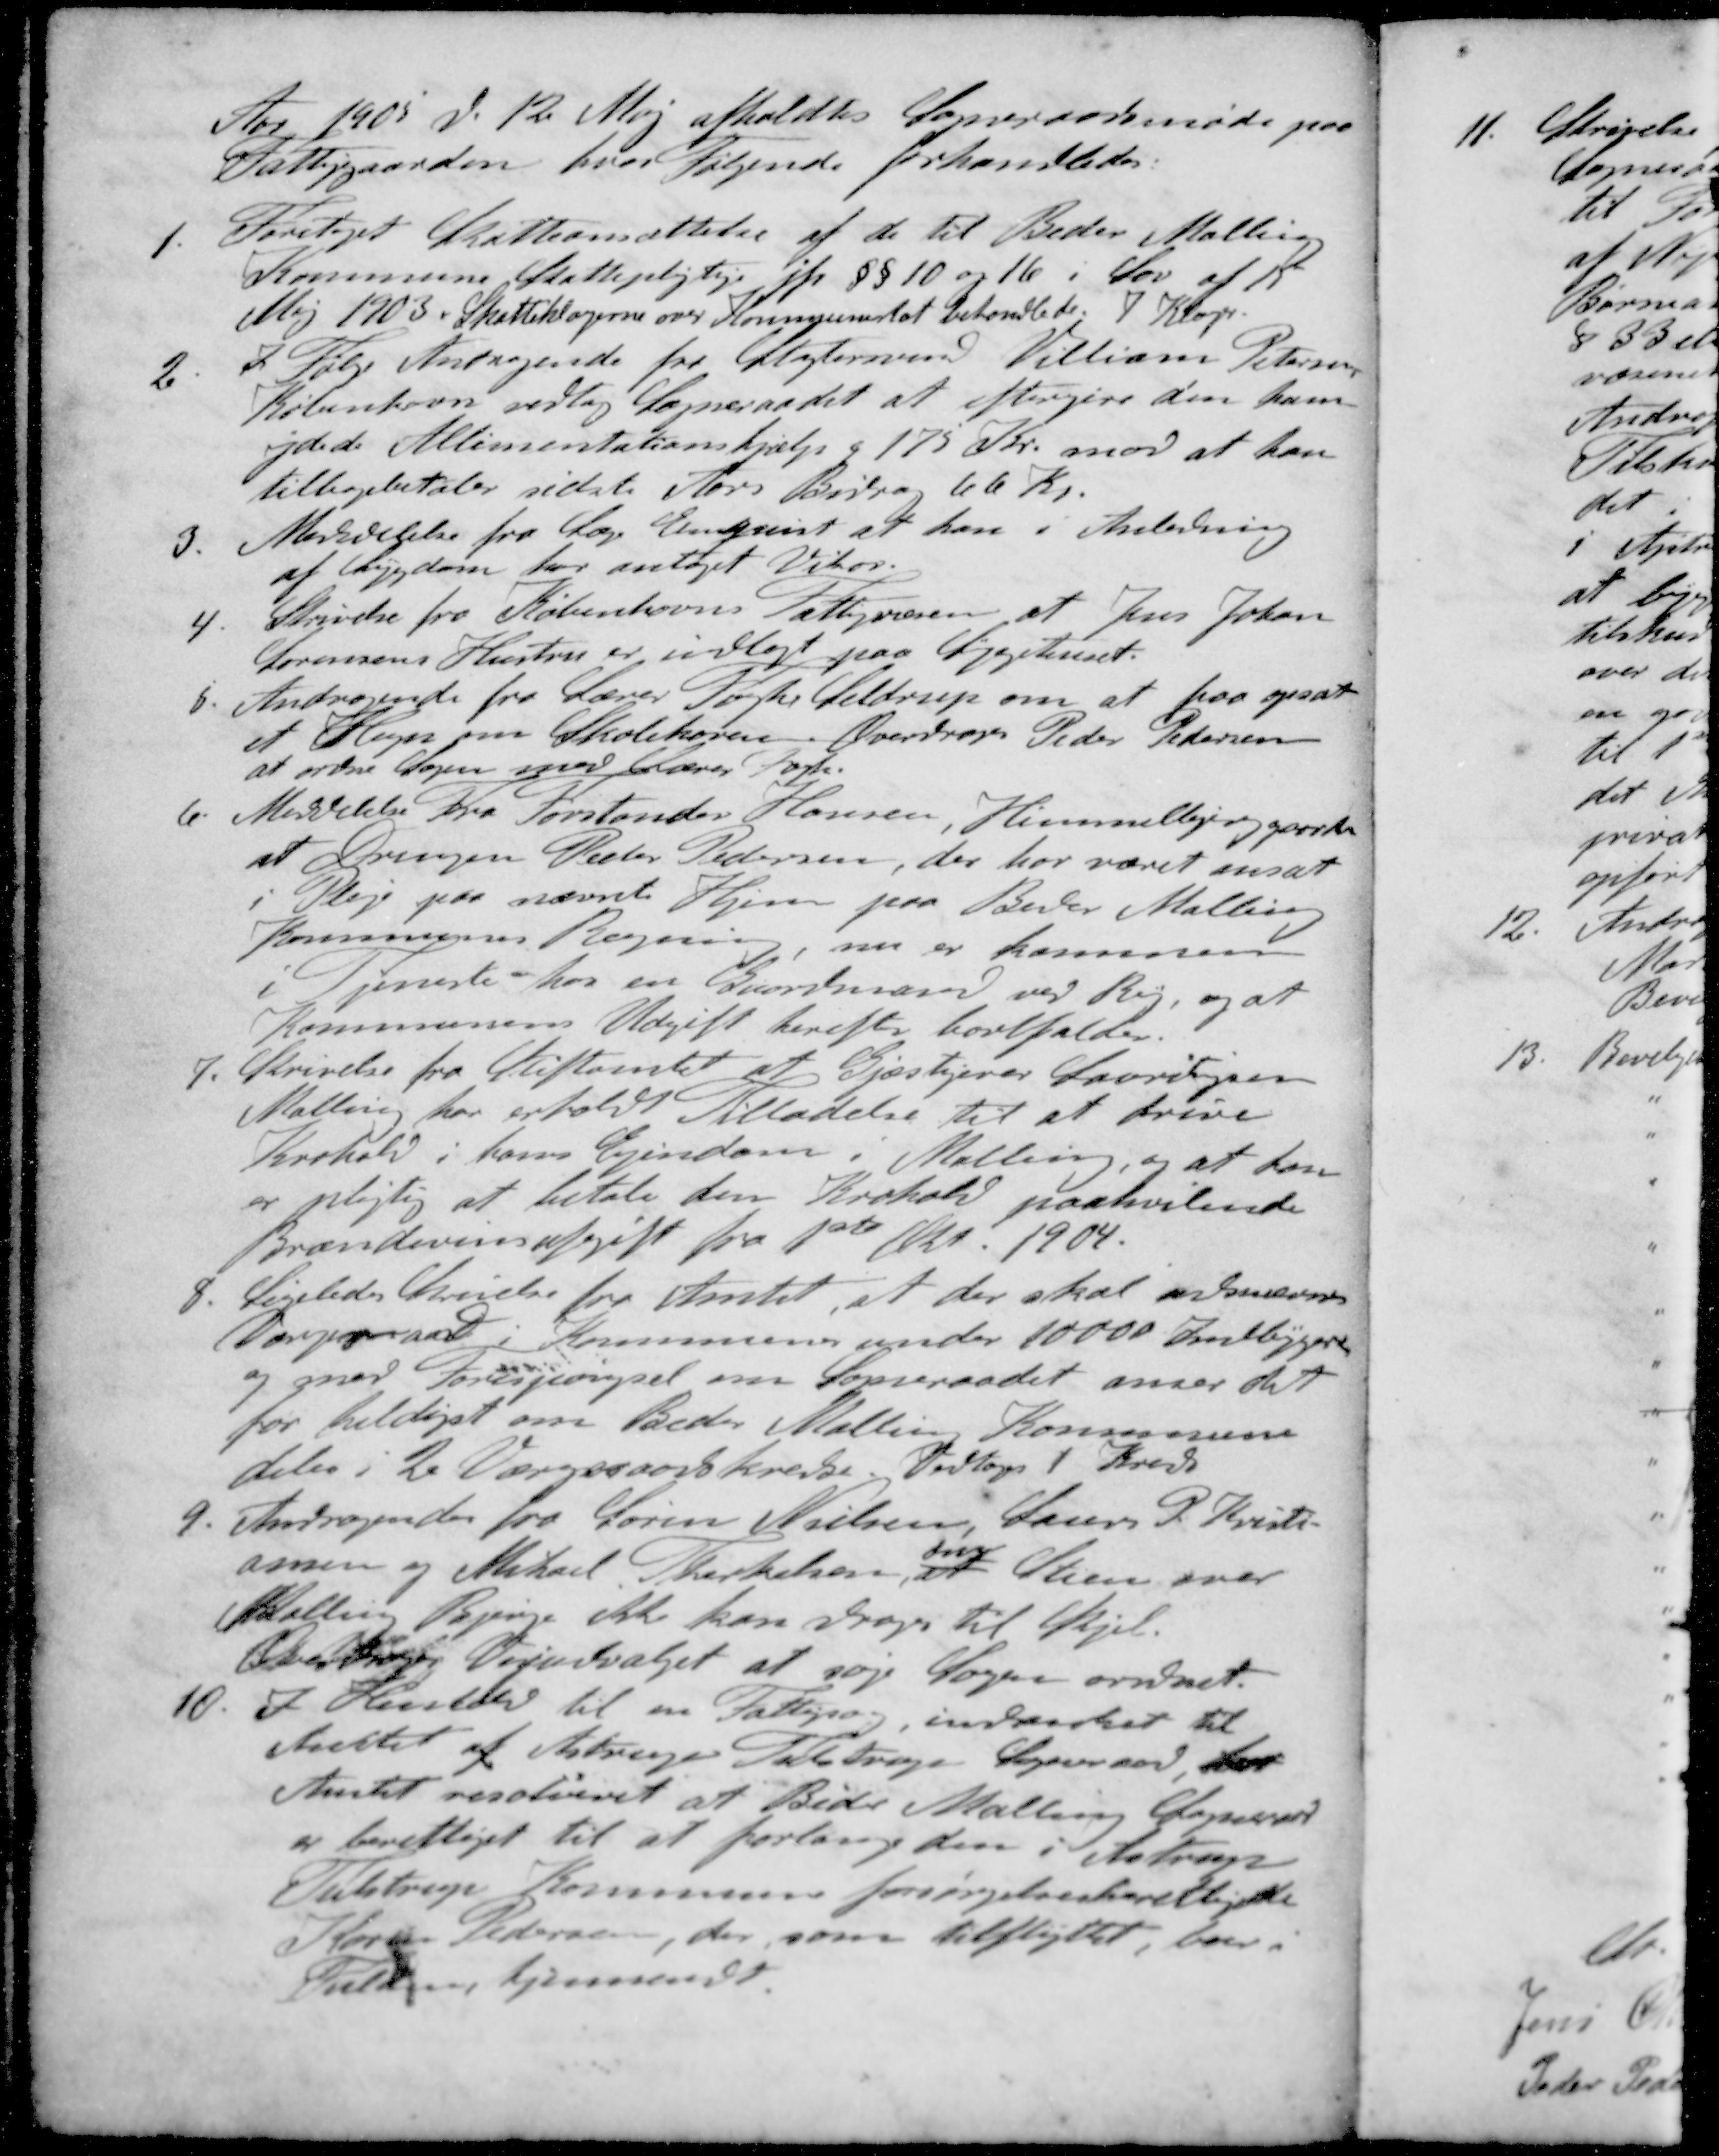
Transskription:
Aar 1905 d. 12 Maj afholdtes Sogneraadsmøde paa
Fattiggaarden, hvor følgende forhandledes:
1. Foretaget Skatteansættelse af de til Beder Malling
Kommune Skattepligtige jfr §§ 10 og 16 i Lov af 15
Maj 1903. Skatteklagerne over Kommuneskat behandlede. 7 Klager.
2 I Følge Andragende fra Slagtersvend Villiam Petersen
København vedtog Sogneraadet at eftergive den ham
ydede Allimentationshjælp a 175 Kr. mod at han
tilbagebetaler sidste Aars Bidrag 66 Kr.
3. Meddelelse fra Læge Elmquist at han i Anledning
af Sygdom har antaget Vikar.
4. Skrivelse fra Københavns Fattigvæsen at Jens Johann
Sørensens Hustru er indlagt paa Sygehuset.
5. Andragende fra Lærer Fogh Seldrup om at paa opsat
et Hegn om Skolehaven. Overdroges Peder Pedersen
at ordne Sagen med Lærer Fogh
6. Meddelelse fra Forstander Hansen, Himmelbjerggaarden
at Drengen Peder Pedersen, der har været ansat
i Pleje paa nævnte Hjem paa Beder Malling
Kommunes Regning, nu er kommer
i Tjeneste hos en Gaardmand ved Ry, og at
Kommunens Udgift herefter bortfalder.
7. Skrivelse fra Stiftamtet at Gjæstgiver Lauritsen
Malling har erholdt Tilladelse til at drive
Krohold i hans Ejendom i Malling, og at han
er pligtig at betale den Krohold paahvilende
Brændevinsafgift fra 1ste Okt 1904.
8. Ligeledes Skrivelse fra Amtet, at der skal udnævnes
Sogneraad i Kommuner under 10000 ombygere
og med Forespørgsel om Sogneraadet anser det
for heldigst om Beder Malling Kommunen
deles i 2 Værgeraadskredse. Vedtoges 1 Kreds
9. Andragende fra Søren Nielsen, Lauers P. Kristi-
ansen og Mikael Therkelsen Stien over
Malling Bjerge ikke kan drages til Skjel.
Overdroges Vejudvalget at søge Sagen ordnet.
10. I Henhold til en Fattigsag, indanket til
Amtet af Astrup Tulstrup Sogneraad, har
Amtet resolveret at Beder Malling Sogneraad
er berettiget til at forlange den i Astrup
Tulstrup Kommune forsørgelsesberettigede
Karen Pedersen, der som tilflyttet, boer
Fulden hjemsendt